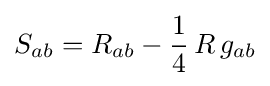
S_{ab}=R_{ab}-{\frac {1}{4}}\,R\,g_{ab}